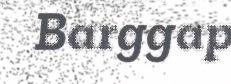
Barggap